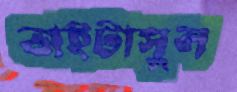
ভাইটাসুল